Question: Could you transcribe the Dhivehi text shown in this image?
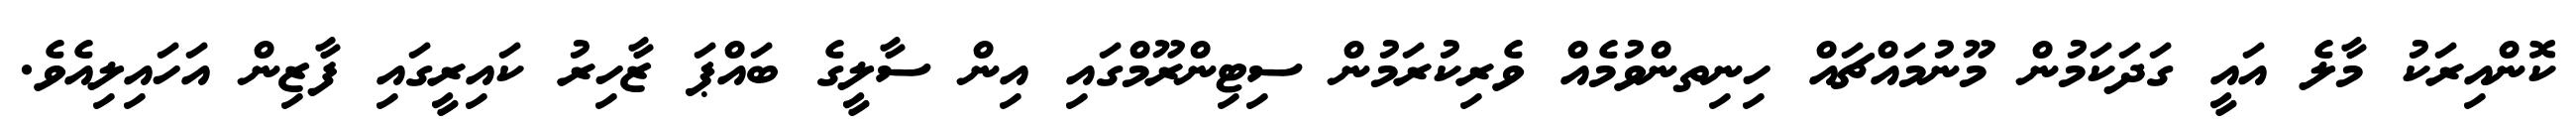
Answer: ކޮންއިރަކު މާލެ އައީ ގަދަކަމުން މޫނުމައްޗައް ހިނިތންވުމެއް ވެރިކުރަމުން ސިޓިންރޫމްގައި އިން ސާލީގެ ބައްޕަ ޒާހިރު ކައިރީގައި ފާޒިން އަހައިލިއެވެ.